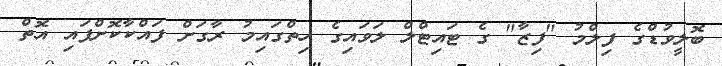
ބޮލީވުޑްގެ ފިލްމު "ފިޒާ" ގެ ޓައިޓްލް ލަވައިގެ ހިތްގައިމު ރާގަށް ފައްކާކޮށްފައި އޮތް